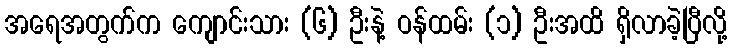
အရေအတွက်က ကျောင်းသား (၆) ဦးနဲ့ ဝန်ထမ်း (၁) ဦးအထိ ရှိလာခဲ့ပြီလို့